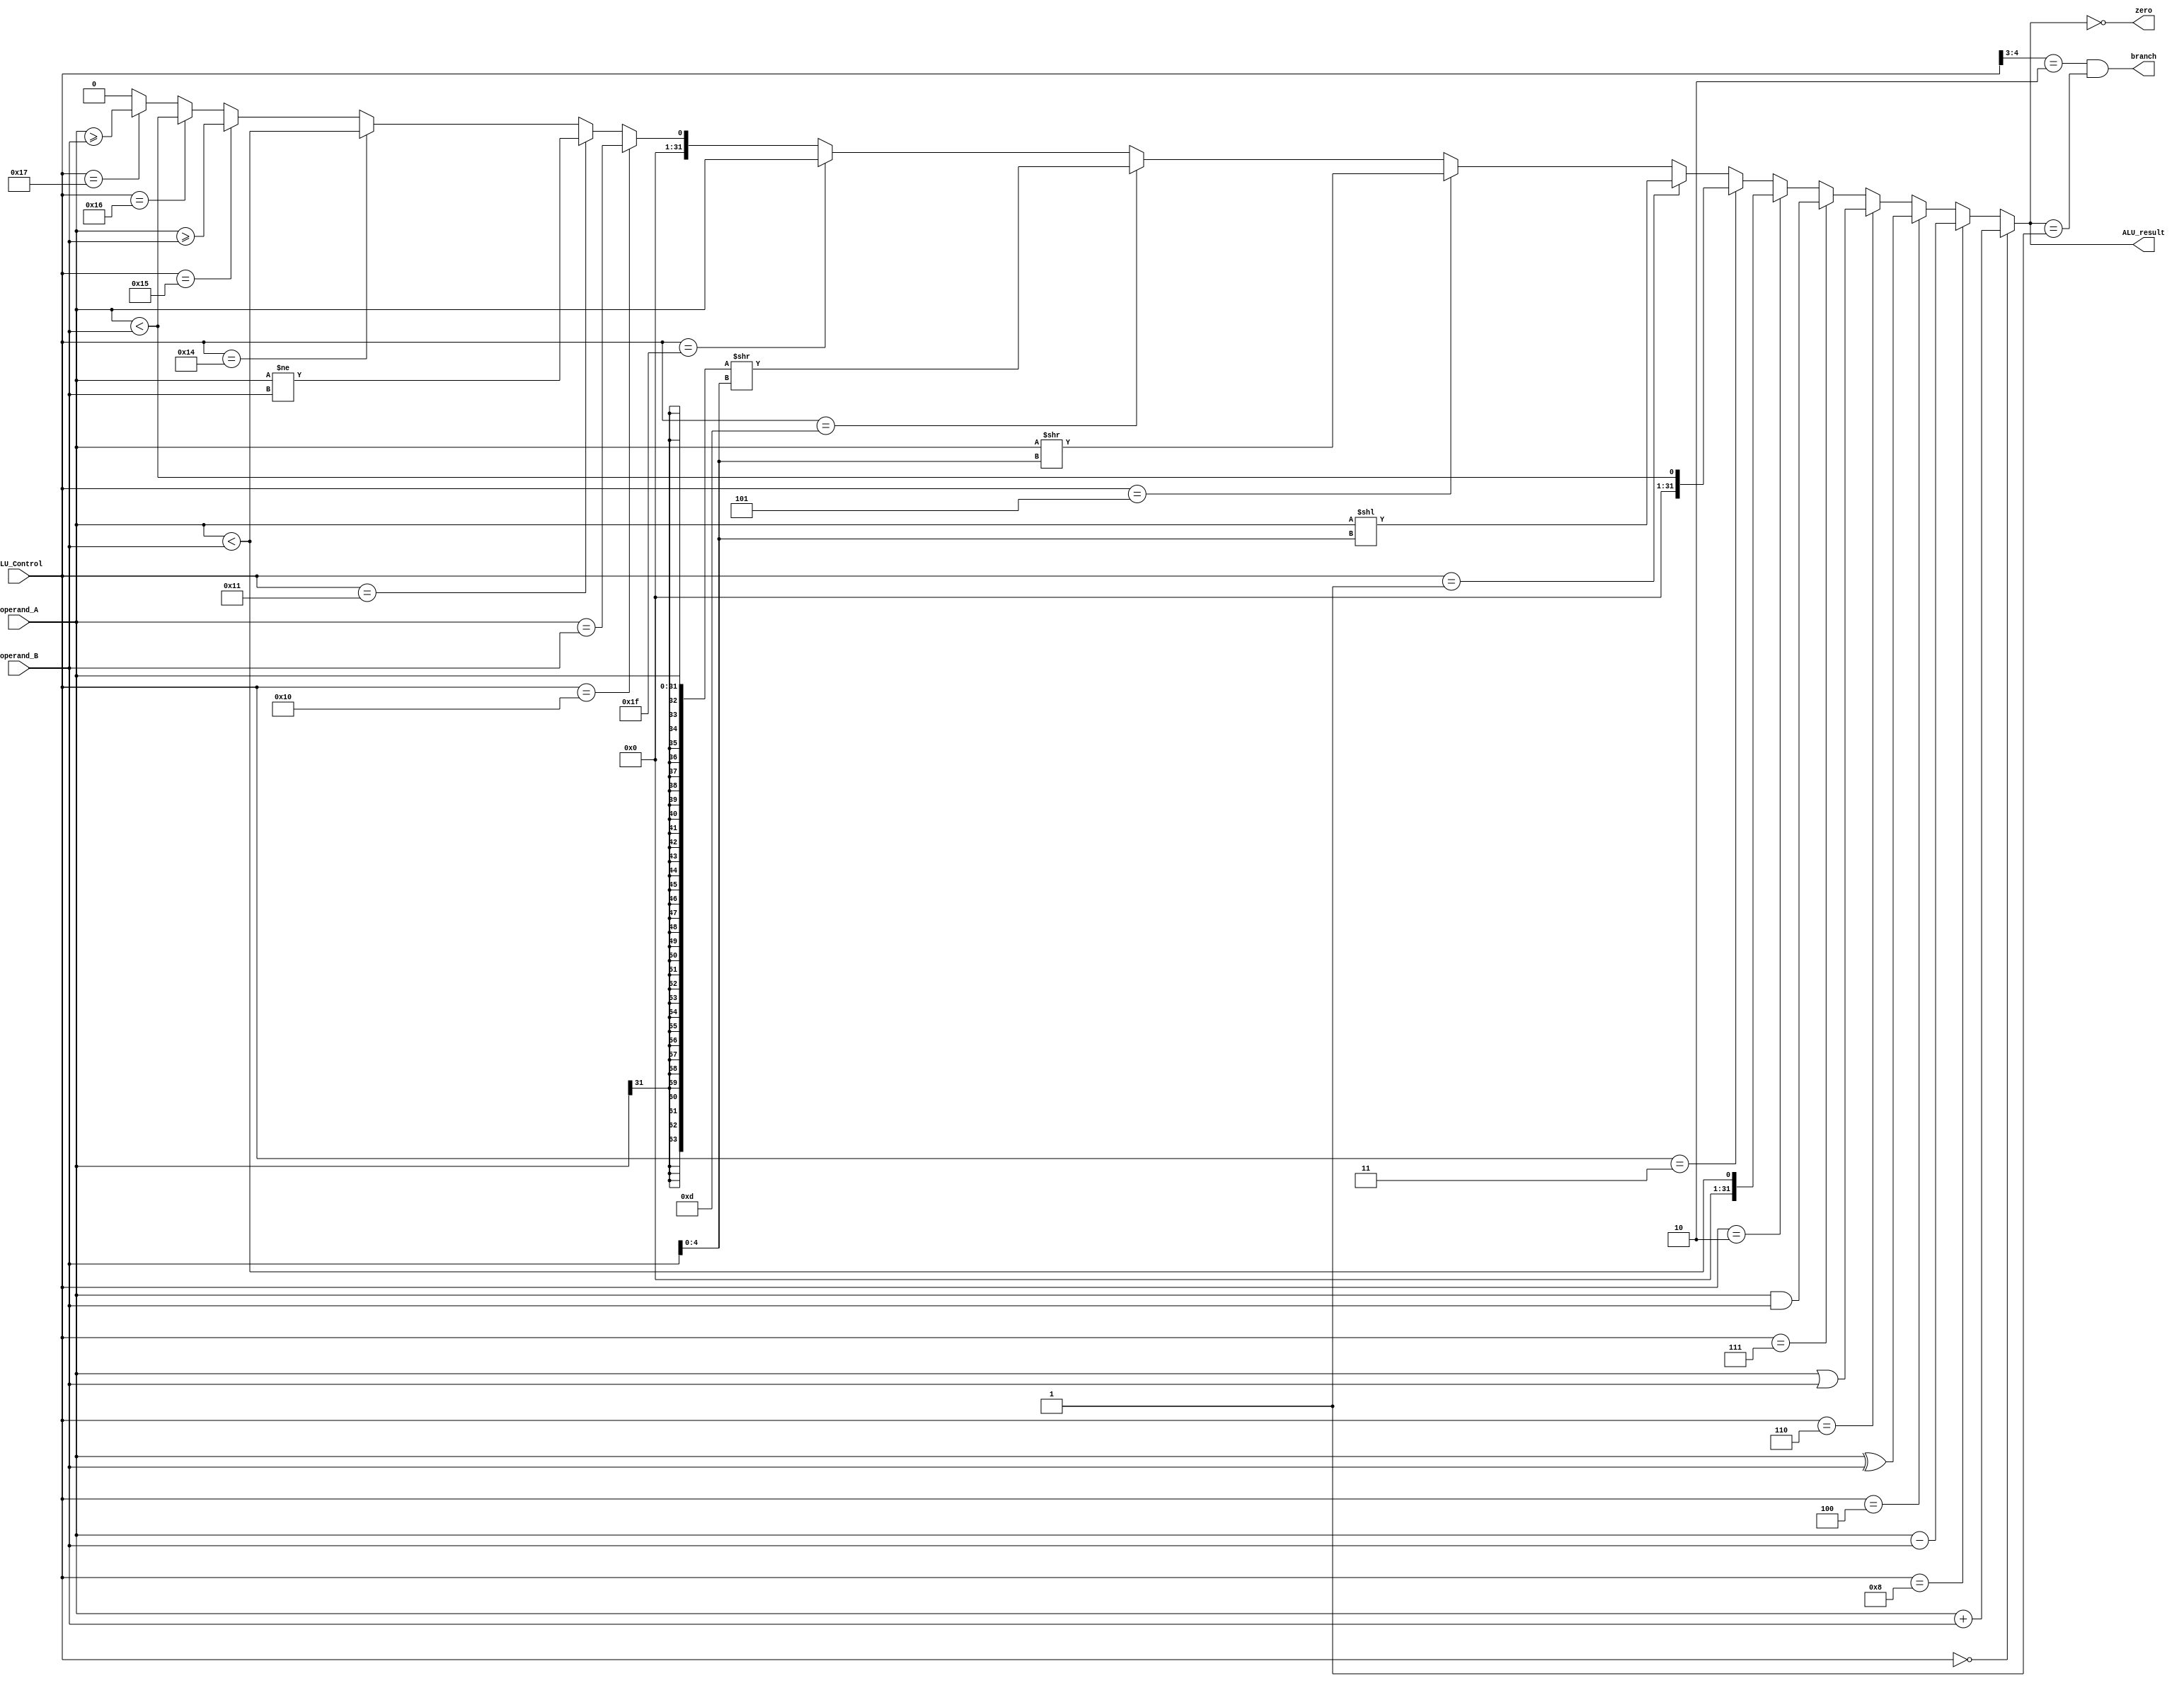
/** @module : ALU
 *  @author : Adaptive & Secure Computing Systems (ASCS) Laboratory

 *  Copyright (c) 2018 BRISC-V (ASCS/ECE/BU)
 *  Permission is hereby granted, free of charge, to any person obtaining a copy
 *  of this software and associated documentation files (the "Software"), to deal
 *  in the Software without restriction, including without limitation the rights
 *  to use, copy, modify, merge, publish, distribute, sublicense, and/or sell
 *  copies of the Software, and to permit persons to whom the Software is
 *  furnished to do so, subject to the following conditions:
 *  The above copyright notice and this permission notice shall be included in
 *  all copies or substantial portions of the Software.

 *  THE SOFTWARE IS PROVIDED "AS IS", WITHOUT WARRANTY OF ANY KIND, EXPRESS OR
 *  IMPLIED, INCLUDING BUT NOT LIMITED TO THE WARRANTIES OF MERCHANTABILITY,
 *  FITNESS FOR A PARTICULAR PURPOSE AND NONINFRINGEMENT. IN NO EVENT SHALL THE
 *  AUTHORS OR COPYRIGHT HOLDERS BE LIABLE FOR ANY CLAIM, DAMAGES OR OTHER
 *  LIABILITY, WHETHER IN AN ACTION OF CONTRACT, TORT OR OTHERWISE, ARISING FROM,
 *  OUT OF OR IN CONNECTION WITH THE SOFTWARE OR THE USE OR OTHER DEALINGS IN
 *  THE SOFTWARE.
 */

module ALU #(parameter DATA_WIDTH = 32)(
        ALU_Control,
        operand_A, operand_B,
        ALU_result, zero, branch
);
input [5:0] ALU_Control;
input [DATA_WIDTH-1:0]  operand_A ;
input [DATA_WIDTH-1:0]  operand_B ;
output zero, branch;
output [DATA_WIDTH-1:0] ALU_result;


wire [4:0] shamt;
wire signed [DATA_WIDTH-1:0] signed_operand_A;
wire signed [DATA_WIDTH-1:0] signed_operand_B;

// wires for signed operations
wire [(DATA_WIDTH*2)-1:0] arithmetic_right_shift_double;
wire [DATA_WIDTH-1:0] arithmetic_right_shift;
wire signed [DATA_WIDTH-1:0] signed_less_than;
wire signed [DATA_WIDTH-1:0] signed_greater_than_equal;

assign shamt = operand_B [4:0]; // I_immediate[4:0];

assign signed_operand_A = operand_A;
assign signed_operand_B = operand_B;

assign zero   = (ALU_result==0);
assign branch = (ALU_Control[4:3] == 2'b10) & (ALU_result == 1'b1);

// Signed Operations
assign arithmetic_right_shift_double = ({ {DATA_WIDTH{operand_A[DATA_WIDTH-1]}}, operand_A }) >> shamt;
assign arithmetic_right_shift        = arithmetic_right_shift_double[DATA_WIDTH-1:0];
assign signed_less_than              = signed_operand_A < signed_operand_B;
assign signed_greater_than_equal     = signed_operand_A >= signed_operand_B;

assign ALU_result =
            (ALU_Control == 6'b000_000)? operand_A + operand_B:                /* ADD, ADDI*/
            (ALU_Control == 6'b001_000)? operand_A - operand_B:                /* SUB */
            (ALU_Control == 6'b000_100)? operand_A ^ operand_B:                /* XOR, XORI*/
            (ALU_Control == 6'b000_110)? operand_A | operand_B:                /* OR, ORI */
            (ALU_Control == 6'b000_111)? operand_A & operand_B:                /* AND, ANDI */
            (ALU_Control == 6'b000_010)? signed_less_than:                     /* SLT, SLTI */
            (ALU_Control == 6'b000_011)? operand_A < operand_B:                /* SLTU, SLTIU */
            (ALU_Control == 6'b000_001)? operand_A << shamt:                   /* SLL, SLLI => 0's shifted in from right */
            (ALU_Control == 6'b000_101)? operand_A >> shamt:                   /* SRL, SRLI => 0's shifted in from left */
            (ALU_Control == 6'b001_101)? arithmetic_right_shift:               /* SRA, SRAI => sign bit shifted in from left */
            (ALU_Control == 6'b011_111)? operand_A:                            /* operand_A = PC+4 for JAL   and JALR */
            (ALU_Control == 6'b010_000)? operand_A == operand_B:               /* BEQ */
            (ALU_Control == 6'b010_001)? operand_A != operand_B:               /* BNE */
            (ALU_Control == 6'b010_100)? signed_less_than:                     /* BLT */
            (ALU_Control == 6'b010_101)? signed_greater_than_equal:            /* BGE */
            (ALU_Control == 6'b010_110)? operand_A < operand_B:                /* BLTU */
            (ALU_Control == 6'b010_111)? operand_A >= operand_B:               /* BGEU */
            {DATA_WIDTH{1'b0}};
endmodule